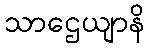
သာဌေယျာနိ